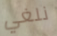
نلغي